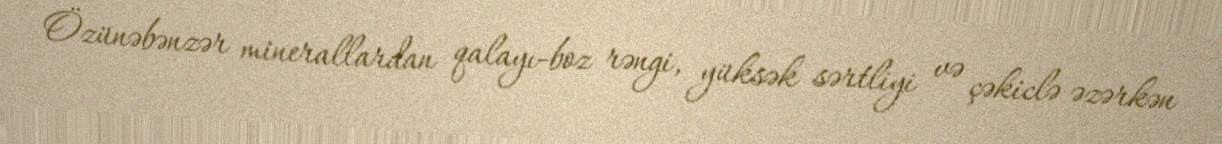
Özünəbənzər minerallardan qalayı-boz rəngi, yüksək sərtliyi və çəkiclə əzərkən